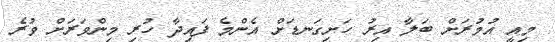
މިއީ އުމުރަށް ބަލާ އިރު ހަށިގަނޑަށް އެންމެ ފައިދާ ހުރި މިންވަރަށް ވުރެ